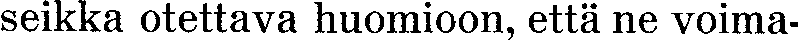
seikka otettava huomioon, että ne voima-